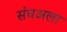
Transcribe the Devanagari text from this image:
संघअला